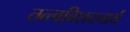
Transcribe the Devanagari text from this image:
तत्त्वविशदनार्थ